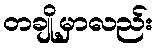
တချို့မှာလည်း